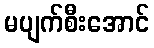
မပျက်စီးအောင်